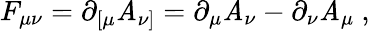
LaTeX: F_{\mu\nu}=\partial_{[\mu}\mathit{A}_{\nu]}=\partial_{\mu}\mathit{A}_{\nu}-\partial_{\nu}\mathit{A}_{\mu}\ ,